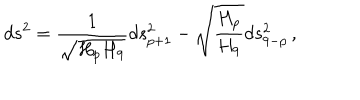
d s ^ { 2 } = { \frac { 1 } { \sqrt { H _ { p } H _ { 9 } } } } d s _ { p + 1 } ^ { 2 } - \sqrt { { \frac { H _ { p } } { H _ { 9 } } } } d s _ { 9 - p } ^ { 2 } \, ,